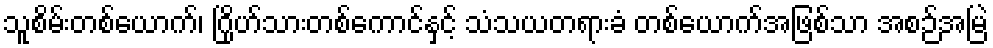
သူစိမ်းတစ်ယောက်၊ ဂြိုဟ်သားတစ်ကောင်နှင့် သံသယတရားခံ တစ်ယောက်အဖြစ်သာ အစဉ်အမြဲ